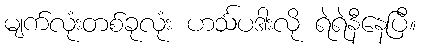
မျက်လုံးတစ်ခုလုံး ဟင်္သပဒါးလို ရဲရဲနီနေပြီ။